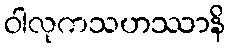
ဝါလုကသဟဿာနိ